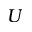
U